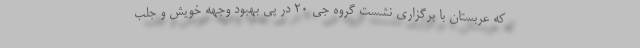
که عربستان با برگزاری نشست گروه جی ۲۰ در پی بهبود وجهه خویش و جلب